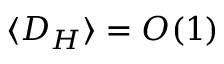
\langle D _ { H } \rangle = O ( 1 )